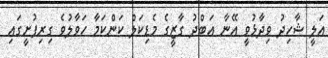
އަލީ ޝާހިދު ވިދާޅުވީ އޭނާ އަބްދު ގާޒީގެ މެޑިކަލް ކަންކަމާ ހަވާލުވެ ގިރިފުށީގައި